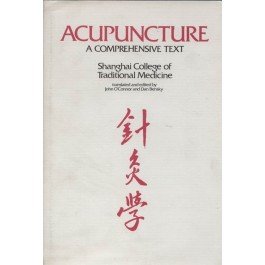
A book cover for Acupuncture: A Comprehensive Text; Chen Chiu Hseuh; Health, Fitness & Dieting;